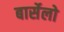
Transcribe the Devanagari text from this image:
बार्सेलो